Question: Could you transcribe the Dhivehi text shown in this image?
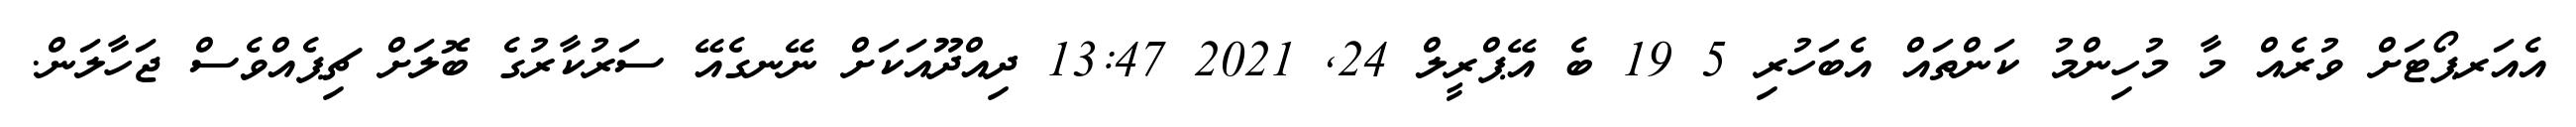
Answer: އެއަރޕޯޓަށް ވުރެއް މާ މުހިންމު ކަންތައް އެބަހުރި 5 19 ބެ އޭޕްރީލް 24, 2021 13:47 ދިއްދޫއަކަށް ނޭނގެއޭ ސަރުކާރުގެ ބޮލަށް ޗިޕެއްވެސް ޖަހާލަން.